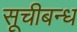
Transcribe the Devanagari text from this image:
सूचीबन्ध